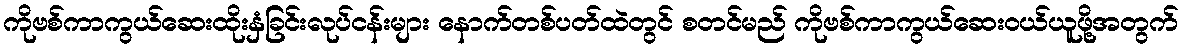
ကိုဗစ်ကာကွယ်ဆေးထိုးနှံခြင်းလုပ်ငန်းများ နောက်တစ်ပတ်ထဲတွင် စတင်မည် ကိုဗစ်ကာကွယ်ဆေးဝယ်ယူဖို့အတွက်